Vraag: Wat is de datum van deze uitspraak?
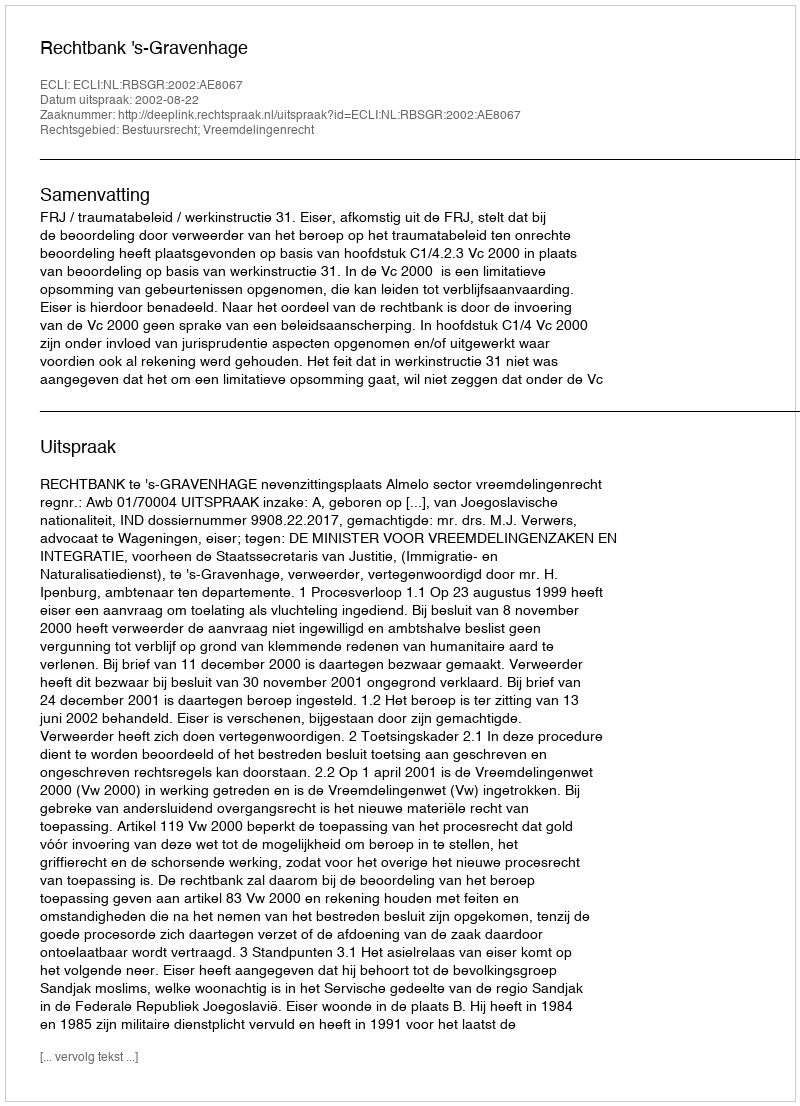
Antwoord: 2002-08-22